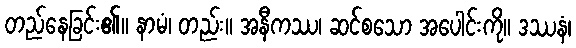
တည်နေခြင်း၏။ နာမံ၊ တည်း။ အနီကဿ၊ ဆင်စသော အပေါင်းကို။ ဒဿနံ၊